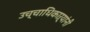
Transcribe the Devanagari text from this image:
उच्चाधिकाऱ्यांनी